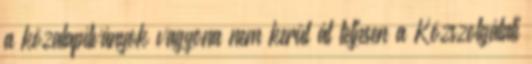
a közalapítványok vagyona nem kerül át teljesen a Közszolgálati